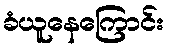
ခံယူနေကြောင်း